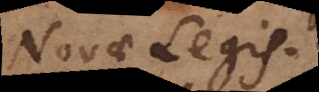
Novae Legis.